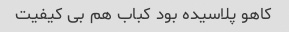
کاهو پلاسیده بود کباب هم بی کیفیت